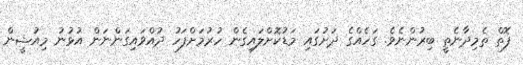
ފޮތް ތެމިދާނެތީ ބިރުންނެވެ. ގަހެއްގެ ދަށުގައި މަޑުކޮށްލައިގެން ހުރުމަށްފަހު ދުއްވައިގަންނަން އުޅުނު މިއުޝީން